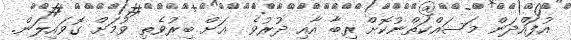
އުފައްދަން މަސައްކަތްނުކޮށް ރިބާ އާއި ދުރުވެ  އަށް ބިރުވެތި ވުމަށް ގޮވައިލަން.